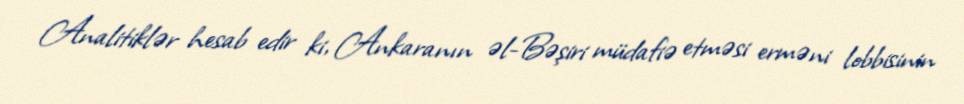
Analitiklər hesab edir ki, Ankaranın əl-Bəşiri müdafiə etməsi erməni lobbisinin